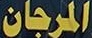
المرجان